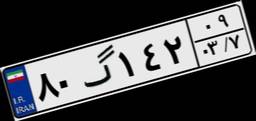
۸۰گ۱۴۲۰۹